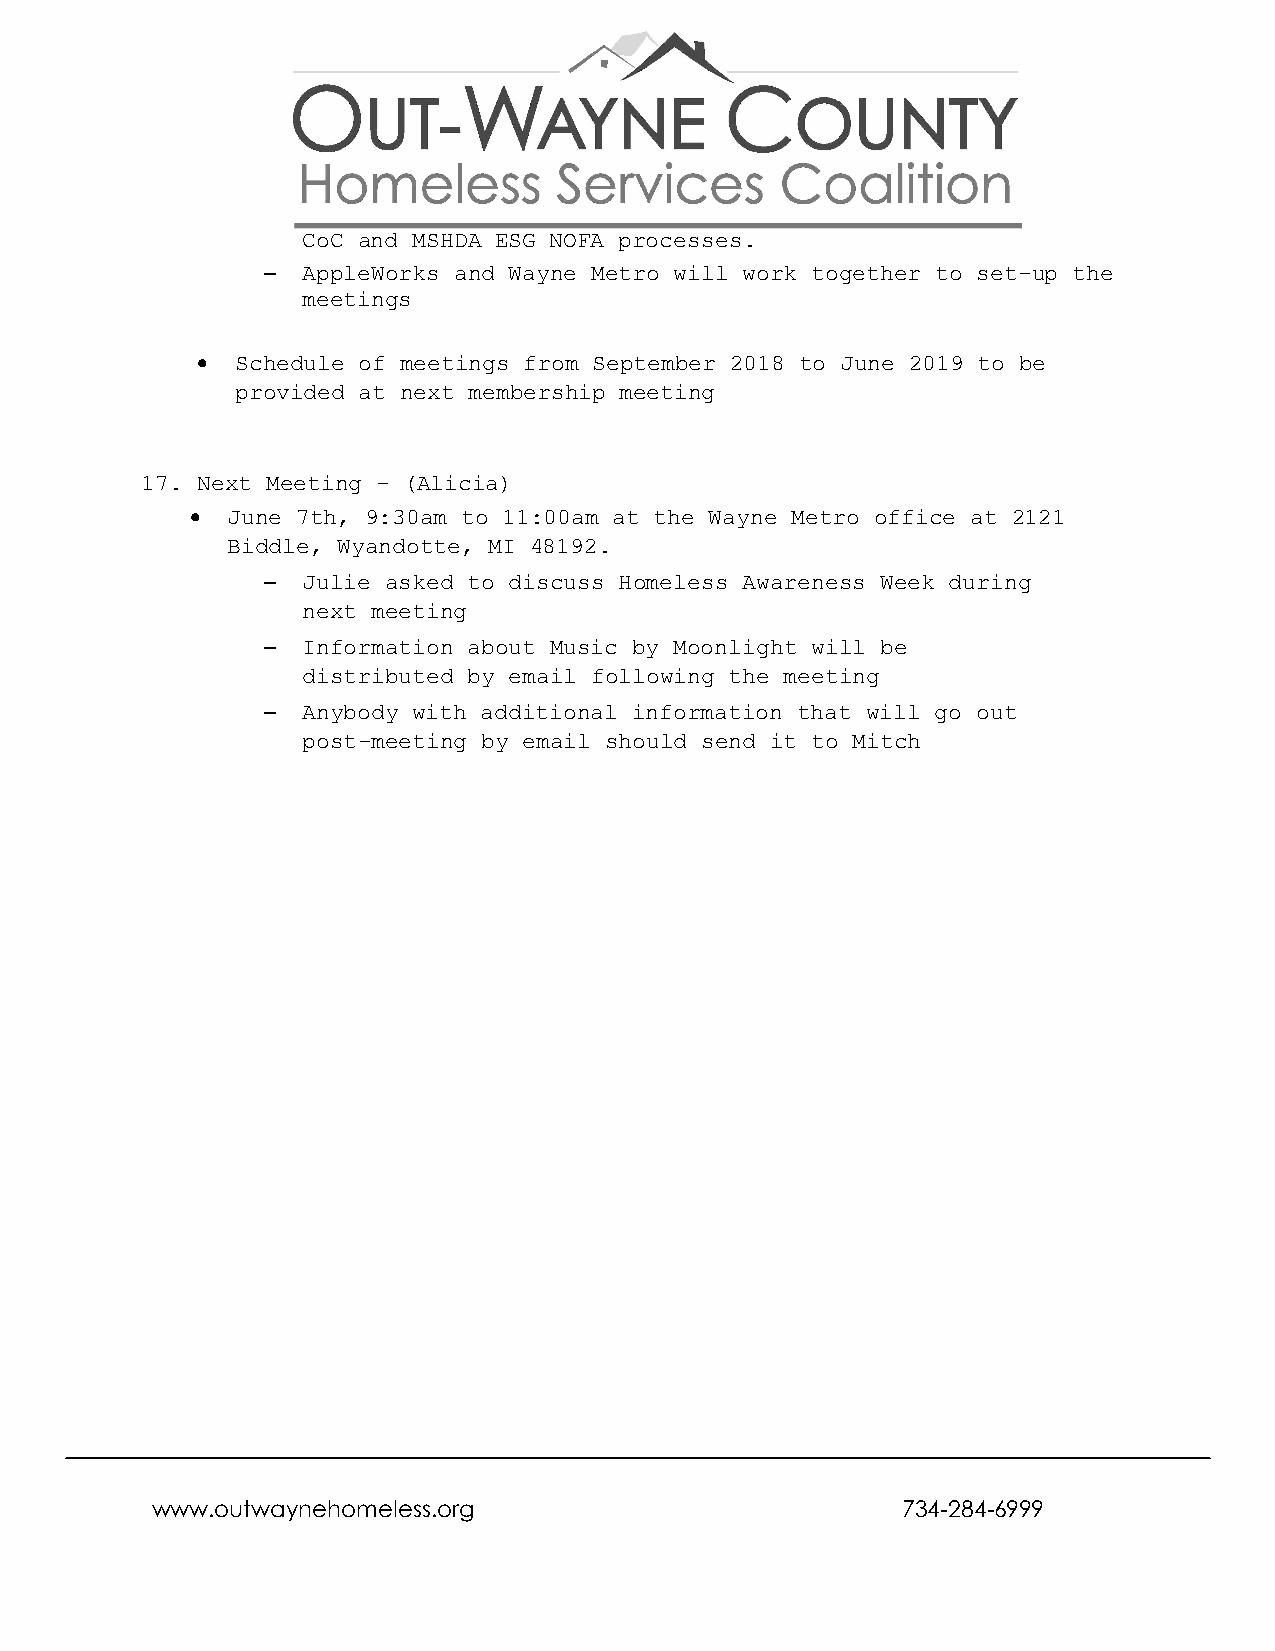
CoC and MSHDA ESG NOFA processes.
 – AppleWorks and Wayne Metro will work together to set-up the
 meetings
 •  Schedule of meetings from September 2018 to June 2019 to be
 provided at next membership meeting
 17. Next Meeting – (Alicia)
 • June 7th, 9:30am to 11:00am at the Wayne Metro office at 2121
 Biddle, Wyandotte, MI 48192.
 – Julie asked to discuss Homeless Awareness Week during
 next meeting
 – Information about Music by Moonlight will be
 distributed by email following the meeting
 – Anybody with additional information that will go out
 post-meeting by email should send it to Mitch
 www.outwaynehomeless.org                          734-284-6999